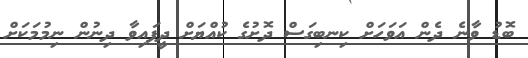
ބޮޑު ވާނެ ދެން އަވަހަށް ކިނބިގަސް ދޮށުގެ ކުއްޔަށް ދީފައިވާ ދިނުން ނިމުމަކަށް